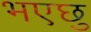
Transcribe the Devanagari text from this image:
भएछु